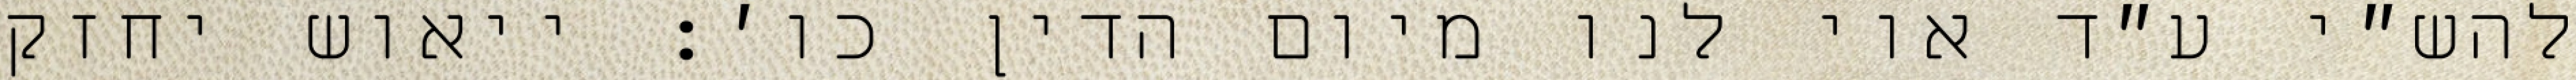
להש״י ע״ד אוי לנו מיום הדין כו׳: ייאוש יחזק